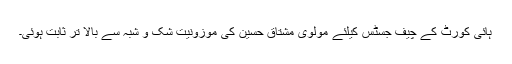
ہائی کورٹ کے چیف جسٹس کیلئے مولوی مشتاق حسین کی موزونیت شک و شبہ سے بالا تر ثابت ہوئی۔